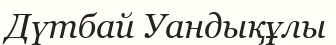
Дүтбай Уандықұлы